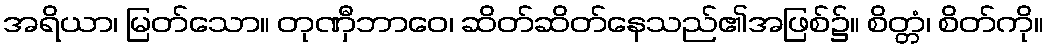
အရိယာ၊ မြတ်သော။ တုဏှီဘာဝေ၊ ဆိတ်ဆိတ်နေသည်၏အဖြစ်၌။ စိတ္တံ၊ စိတ်ကို။